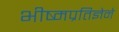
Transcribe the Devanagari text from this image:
भीष्मप्रतिज्ञेने